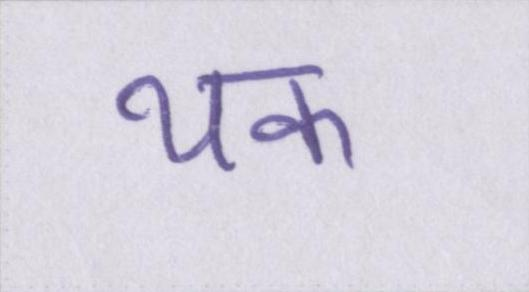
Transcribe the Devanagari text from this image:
थक